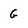
Character: G